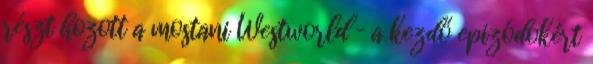
részt hozott a mostani Westworld – a kezdő epizódokért